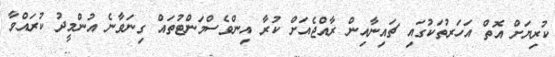
ކުރިޔަށް އޮތް އަހަރުތަކުގައި ޗައިނާއިން ރާއްޖެއަށް ކުރާ އިންވެސްމަންޓުތައް ގިނަވާނެ އުންމީދު ކުރައްވާ